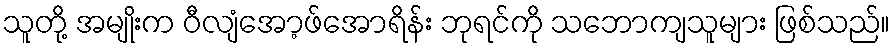
သူတို့ အမျိုးက ဝီလျံအော့ဖ်အောရိန်း ဘုရင်ကို သဘောကျသူများ ဖြစ်သည်။